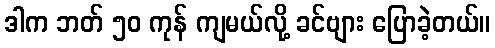
ဒါက ဘတ် ၅၀ ကုန် ကျမယ်လို့ ခင်ဗျား ပြောခဲ့တယ်။